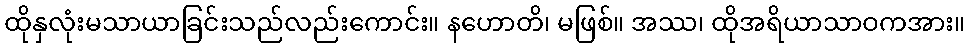
ထိုနှလုံးမသာယာခြင်းသည်လည်းကောင်း။ နဟောတိ၊ မဖြစ်။ အဿ၊ ထိုအရိယာသာဝကအား။